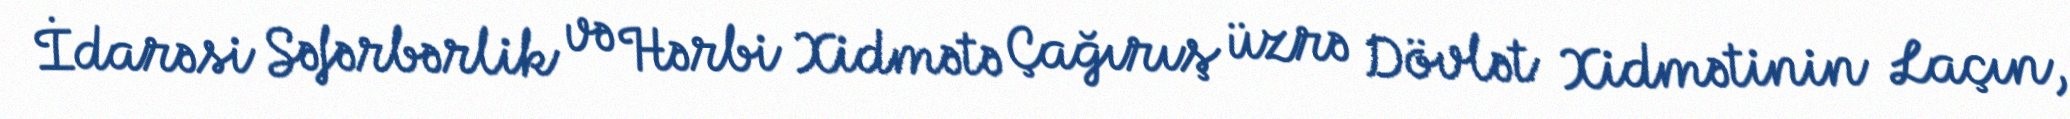
İdarəsi Səfərbərlik və Hərbi Xidmətə Çağırış üzrə Dövlət Xidmətinin Laçın,